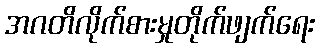
အဂတိလိုက်စားမှုတိုက်ဖျက်ရေး